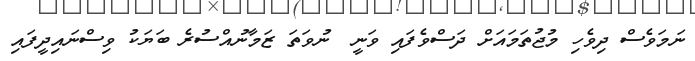
ނަމަވެސް ދިވެހި މުޖުތަމައަށް ދަސްވެފައި ވަނީ  ނުވަތަ ޒަމާނުއްސުރެ ބަޔަކު ވިސްނައިދީފައި